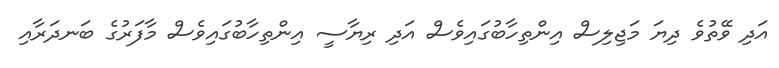
އަދި ވޭތުވެ ދިޔަ މަޖިލިސް އިންތިހާބުގައިވެސް އަދި ރިޔާސީ އިންތިހާބުގައިވެސް މާފަރުގެ ބަނދަރާއި